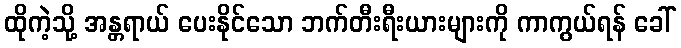
ထိုကဲ့သို့ အန္တရာယ် ပေးနိုင်သော ဘက်တီးရီးယားများကို ကာကွယ်ရန် ခေါ်